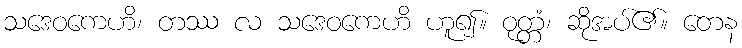
သဒေဝကေဟိ၊ တဿ လ သဒေဝကေဟိ ဟူ၍။ ဝုတ္တံ၊ ဆိုအပ်၏။ တေန